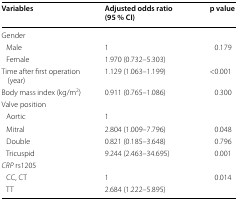
| Variables | Adjusted odds ratio (95 % CI) | p value |
 | --- | --- | --- |
 | <COLSPAN=3> Gender |
 | Male | 1 | 0.179 |
 | Female | 1.970 (0.732–5.303) |  |
 | Time after first operation (year) | 1.129 (1.063–1.199) | <0.001 |
 | Body mass index (kg/m2) | 0.911 (0.765–1.086) | 0.300 |
 | <COLSPAN=3> Valve position |
 | Aortic | 1 |  |
 | Mitral | 2.804 (1.009–7.796) | 0.048 |
 | Double | 0.821 (0.185–3.648) | 0.796 |
 | Tricuspid | 9.244 (2.463–34.695) | 0.001 |
 | <COLSPAN=3> CRP rs1205 |
 | CC, CT | 1 | 0.014 |
 | TT | 2.684 (1.222–5.895) |  |